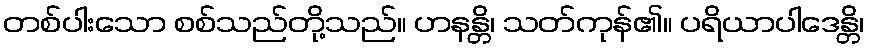
တစ်ပါးသော စစ်သည်တို့သည်။ ဟနန္တိ၊ သတ်ကုန်၏။ ပရိယာပါဒေန္တိ၊